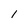
Character: l